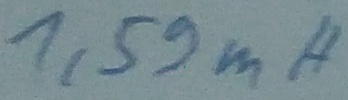
Text: 1,59mH